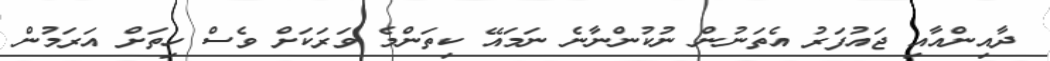
ދާއިންއާއި ޖައުފަރު އެތަނުން ނުކުންނާނެ ނަމައޭ ކިތަންމެ ވަރަކަށް ވެސް ހިތަށް އަރަމުން